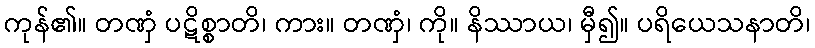
ကုန်၏။ တဏှံ ပဋိစ္စာတိ၊ ကား။ တဏှံ၊ ကို။ နိဿာယ၊ မှီ၍။ ပရိယေသနာတိ၊